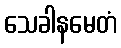
သေခါနမေတံ